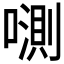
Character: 𱔦